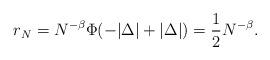
LaTeX: \begin{align*} r_{N} = N^{-\beta}\Phi(-|\Delta|+|\Delta|) = \frac{1}{2}N^{-\beta}.\end{align*}